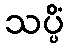
သပ္ပိံ